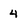
Character: 4